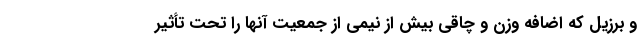
و برزیل که اضافه وزن و چاقی بیش از نیمی از جمعیت آنها را تحت تأثیر